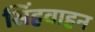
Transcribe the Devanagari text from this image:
सिंहवाहन